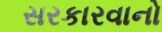
સરકારવાનો